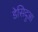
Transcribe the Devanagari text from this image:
डेसिदुआ